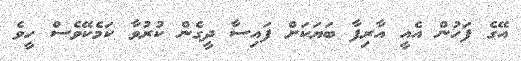
އޭގެ ފަހުން އެއީ އާރިފާ ބަޔަކަށް ފައިސާ ދީގެން ކުރުވާ ކަމެކޭވެސް ހީވެ